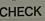
check